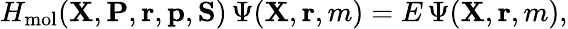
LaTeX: H_{\mathrm{mol}}({\mathbf{X}},{\mathbf{P}},{\mathbf{r}},{\mathbf{p}},{\mathbf{S}})\, \Psi({\mathbf{X}},{\mathbf{r}},m)=E\, \Psi({\mathbf{X}},{\mathbf{r}},m),